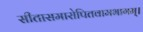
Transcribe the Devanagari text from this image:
सीतासमारोपितवामभागम्।